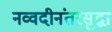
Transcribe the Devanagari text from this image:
नव्वदीनंतरसुद्धा